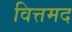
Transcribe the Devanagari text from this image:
वित्तमद